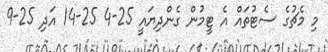
މި މެޗުގެ ސެޓުތައް އެ ޓީމުން ގެންދިޔައީ 25-4 25-14 އަދި 25-9